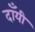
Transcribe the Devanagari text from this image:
दाँयी